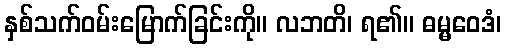
နှစ်သက်ဝမ်းမြောက်ခြင်းကို။ လဘတိ၊ ရ၏။ ဓမ္မဝေဒံ၊